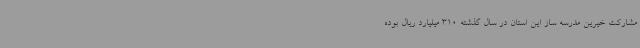
مشارکت خیرین مدرسه ساز این استان در سال گذشته 310 میلیارد ریال بوده